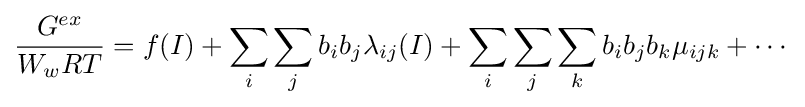
{\frac {G^{ex}}{W_{w}RT}}=f(I)+\sum _{i}\sum _{j}b_{i}b_{j}\lambda _{ij}(I)+\sum _{i}\sum _{j}\sum _{k}b_{i}b_{j}b_{k}\mu _{ijk}+\cdots